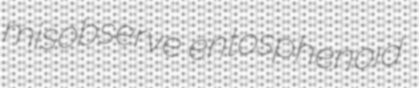
misobserve entosphenoid